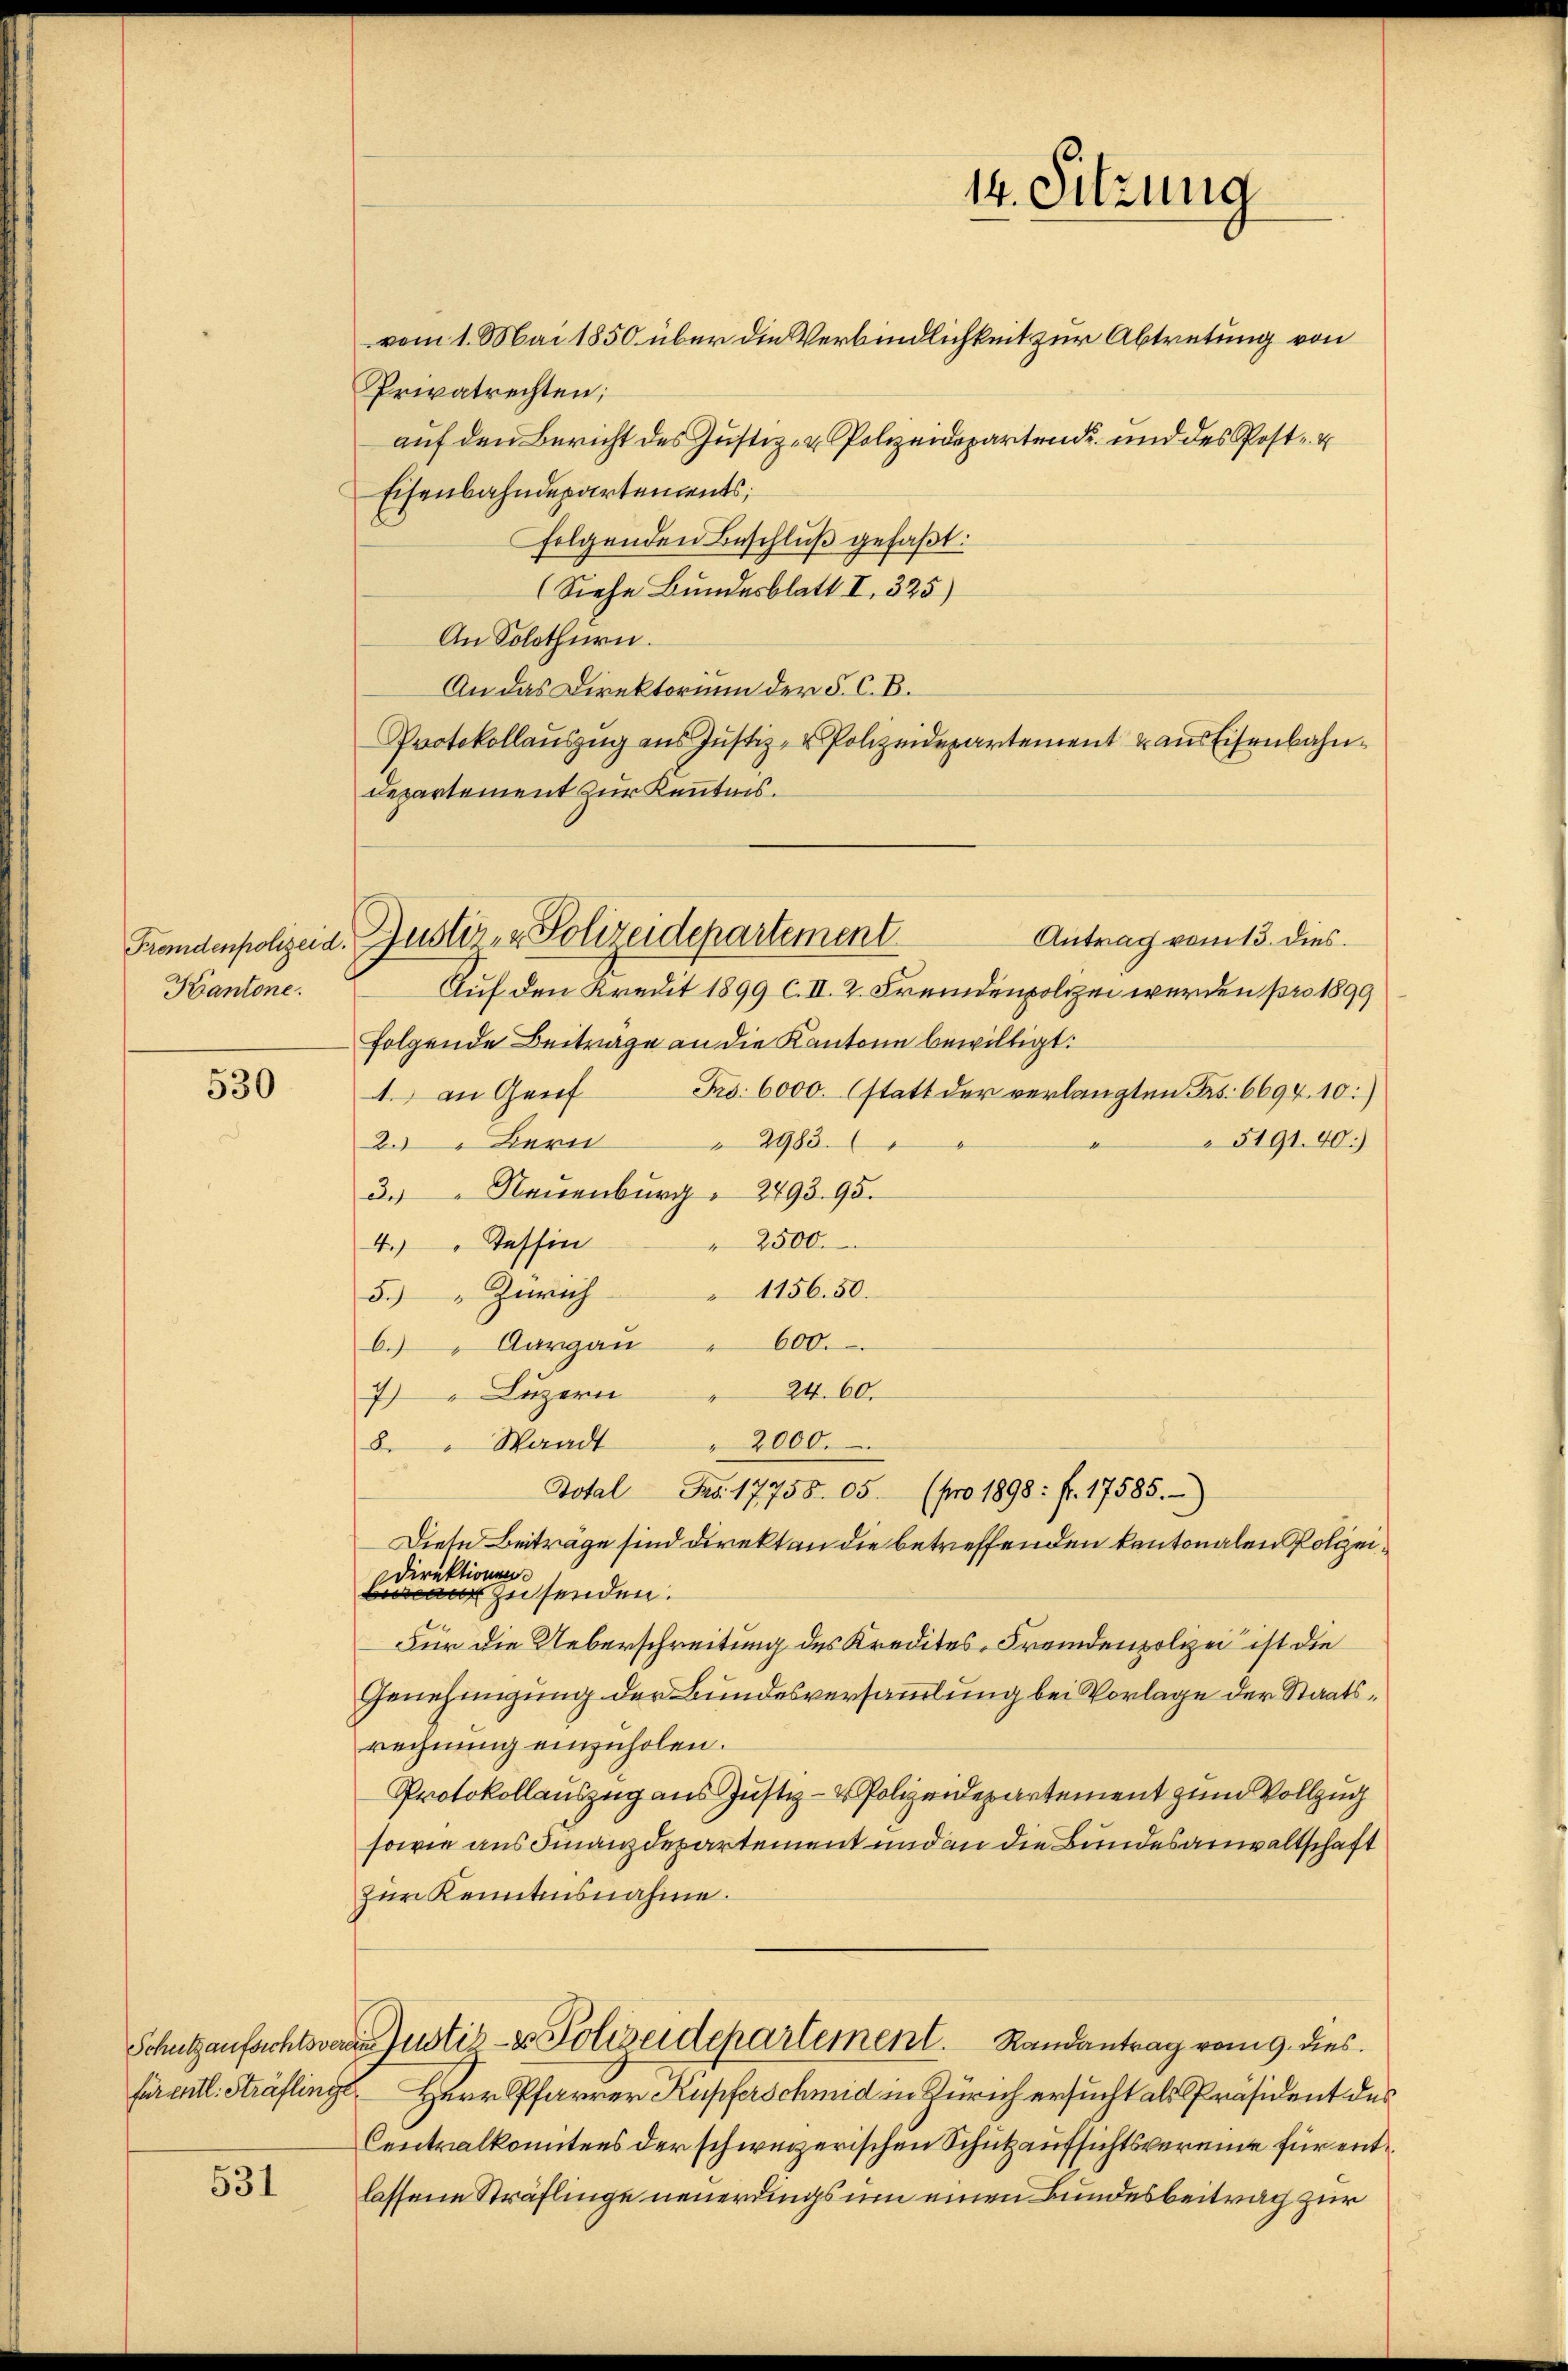
Kantone.

530

Schutzaufsichtsvere
für entl. Sträflinge

531

vom 1. Mai 1850 über die Verbindlichkeit zur Abtretung von
Privatrechten;
auf den Bericht des Justiz- & Polizeidepartende und des Post- u
Eisenbahndepartements,
folgenden Beschluß gefaßt:
(Siehe Bundesblatt I. 325)
An Solothurn.
An das Direktorium der §. C. B.
Protokollauszug aus Justiz- & Polizeidepartement u aus Eisenbahn¬
Departement zur Kenntnis.
Auf den Kredit 1899 c. II. 2. Fremdenpolizei werden pro 1899
folgende Beitrage an die Kantone bewilligt:
1 an Genf Fr. 6000 statt der verlangten Frs. 6694. 10:
2. Bern 2983.
5191. 40.
3." Neuenburg  293. 95.
" 2500.
4.) " Tessin
1156. 50.
5.) Zürich
600.
b. Aargau
24. 60.
7) Luzern
8. " Waadt " 2000.
Dotal Pro. 17758. 05. (pro 1898: f. 17585.
Diese Beitrage sind Direkt an die betreffenden kantonalen Polizei¬
Direktionen
zusenden.
1
Für die Ueberschreitung des Kredites, Fremdenpolizei ist die
Genehmigung der Bundesversammlung bei Vorlage der Staatsrechnung einzuholen.
Protokollauszug aus Justiz- & Polizeidepartement zum Vollzug
sowie aus Finanzdepartement und an die Bundesanwaltschaft
zur Kenntnisnahme.
Justiz- & Polizeidepartement. Randantrag vom 9. dies
Herr Pfarrer Kupferschmid in Zürich ersucht als Präsident des
Centralkomitens der schweizerischen Schutzaufsichtsvereine für entlassene Sträflinge neuerdings um einen Bundesbeitrag zur

14. Sitzung

Antrag vom 13. dies.
Fremdenpolizeid. Justiz- & Polizeidepartement